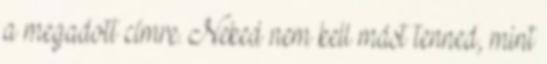
a megadott címre. Neked nem kell mást tenned, mint